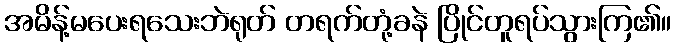
အမိန့်မပေးရသေးဘဲရုတ် တရက်တုံ့ခနဲ ပြိုင်တူရပ်သွားကြ၏။